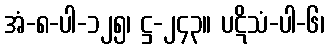
အံ-၈-ပါ-၁၂၅၊ ဋ္ဌ-၂၄၃။ ပဋိသံ-ပါ-၆၊